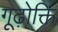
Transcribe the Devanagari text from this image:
गूढ़ोक्ति